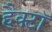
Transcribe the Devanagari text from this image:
हैक्टॉ